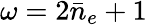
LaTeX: \omega=2\bar{n}_{e}+1